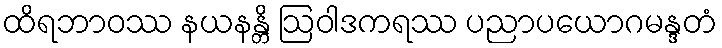
ထိရဘာဝဿ နယနန္တိ ဩဝါဒကရဿ ပညာပယောဂမန္ဒတံ